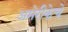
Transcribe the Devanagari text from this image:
अमेरीकेचे